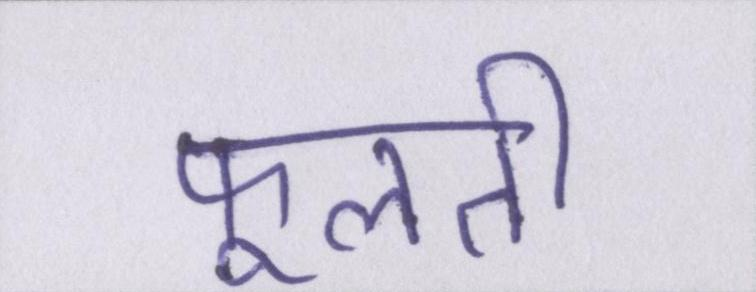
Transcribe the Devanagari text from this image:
फूलती